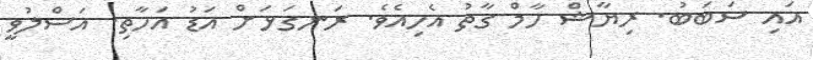
އައި ސަބަބު. ރިޔާޝް ހާމް ގާތު އެހިއެވެ. ރަނގަޅަށް އަޑު އަހާތި. އަސްލުވީ